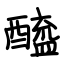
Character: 醯